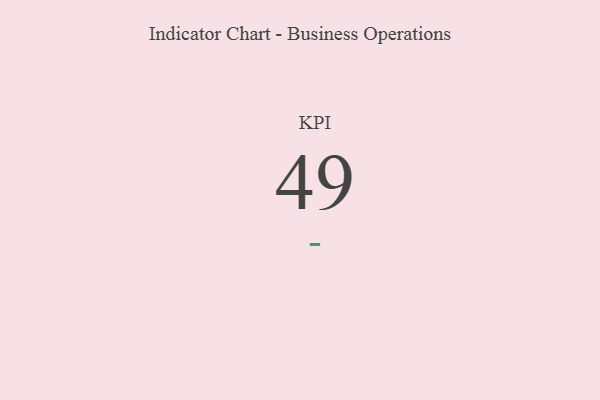
{"axis": {"x": "KPI", "y": "Value"}, "legend": [""], "data": [{"x": "KPI", "y": 49, "type": ""}]}